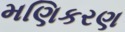
મણિકરણ